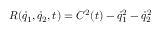
R ( { \dot { q } } _ { 1 } , { \dot { q } } _ { 2 } , t ) = C ^ { 2 } ( t ) - { \dot { q } _ { 1 } ^ { 2 } - { \dot { q } } _ { 2 } ^ { 2 } }